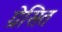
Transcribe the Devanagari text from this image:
ग्रेसित